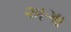
અગા